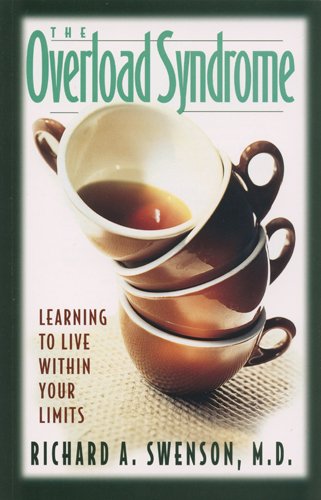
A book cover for The Overload Syndrome: Learning to Live Within Your Limits (Guidebook); Richard Swenson; Religion & Spirituality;